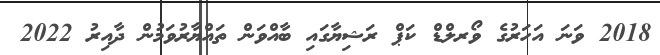
2018 ވަނަ އަހަރުގެ ވޯރލްޑް ކަޕް ރަޝިޔާގައި ބާއްވަން ތައްޔާރުވަމުން ދާއިރު 2022